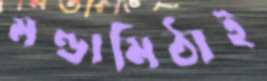
মণ্ডামিঠাই